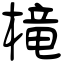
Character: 槞